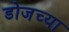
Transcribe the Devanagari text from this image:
डोजच्या